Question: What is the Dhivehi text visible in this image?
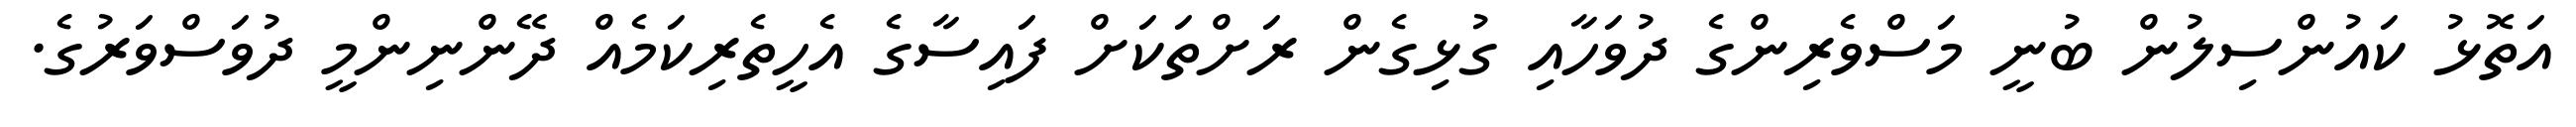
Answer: އަތޮޅު ކައުންސިލުން ބުނީ މަސްވެރިންގެ ދުވަހާއި ގުޅިގެން ރަށްތަކަށް ފައިސާގެ އެހީތެރިކަމެއް ދޭންނިންމީ ދުވަސްވަރުގެ.